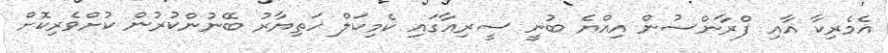
އެމެރިކާ އާއި ފްރާންސުން އިއްޔެ ބުނީ ސީރިއާގައި ކެމިކަލް ހަތިޔާރު ބޭނުންކުރުން ކުށްވެރިކޮށް